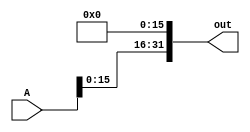
module lls16bit(A, out);

input [31:0] A;
output [31:0] out; 

assign out[31:16] = A[15:0];
assign out[0] = 0; 
assign out[1] = 0; 
assign out[2] = 0; 
assign out[3] = 0; 
assign out[4] = 0; 
assign out[5] = 0; 
assign out[6] = 0; 
assign out[7] = 0; 
assign out[8] = 0; 
assign out[9] = 0; 
assign out[10] = 0; 
assign out[11] = 0; 
assign out[12] = 0; 
assign out[13] = 0; 
assign out[14] = 0; 
assign out[15] = 0; 


endmodule